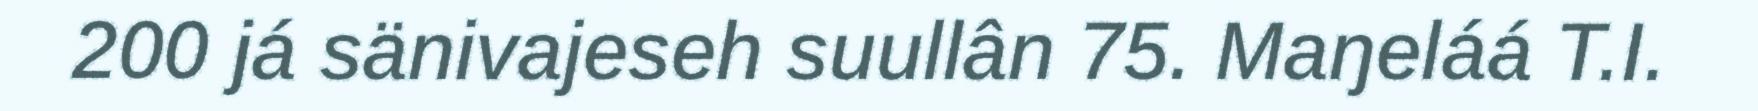
200 já sänivajeseh suullân 75. Maŋeláá T.I.